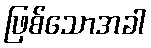
ဖြစ်သောအခါ